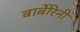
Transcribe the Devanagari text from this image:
बार्बेरिनी